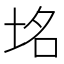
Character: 𮰞